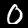
Digit: 0